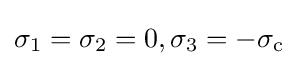
{\sigma _{1}}={\sigma _{2}}=0,{\sigma _{3}}=-{\sigma _{\text{c}}}